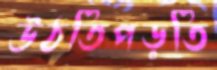
উঠতিপড়তি